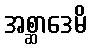
အစ္ဆာဒေမိ